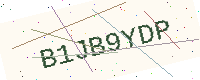
Text: B1JB9YDP